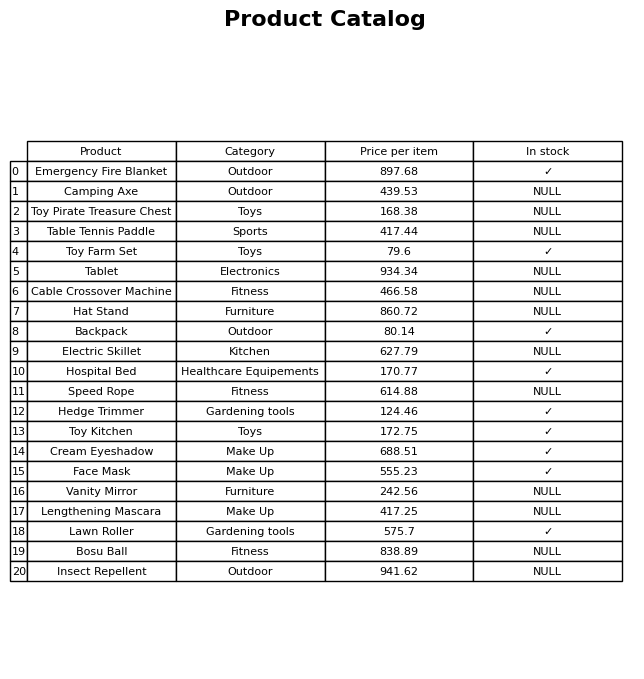
question: What is the price of the Table Tennis Paddle?
answer: The price of Table Tennis Paddle is 417.44.